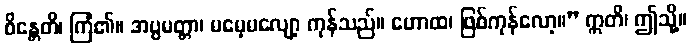
စိန္တေတိ၊ ကြံ၏။ အပ္ပမတ္တာ၊ မမေ့မလျော့ ကုန်သည်။ ဟောထ၊ ဖြစ်ကုန်လော့။” ဣတိ၊ ဤသို့။